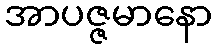
အာပဇ္ဇမာနော